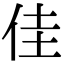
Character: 佳